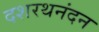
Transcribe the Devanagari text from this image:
दशरथनंदन